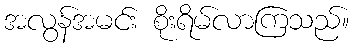
အလွန်အမင်း စိုးရိမ်လာကြသည်။